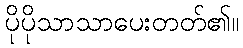
ပိုပိုသာသာပေးတတ်၏။